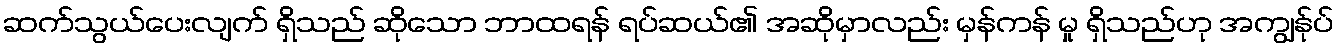
ဆက်သွယ်ပေးလျက် ရှိသည် ဆိုသော ဘာထရန် ရပ်ဆယ်၏ အဆိုမှာလည်း မှန်ကန် မှု ရှိသည်ဟု အကျွန်ုပ်